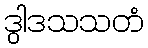
ဒွါဒသသတံ